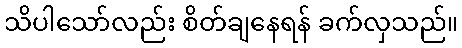
သိပါသော်လည်း စိတ်ချနေရန် ခက်လှသည်။